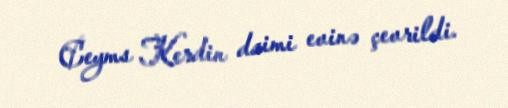
Ceyms Kerdin daimi evinə çevrildi.